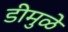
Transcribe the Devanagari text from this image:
डीमुळे